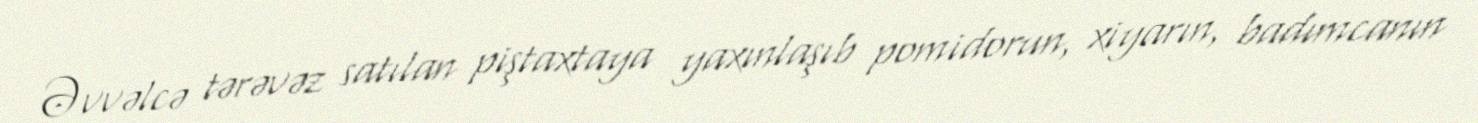
Əvvəlcə tərəvəz satılan piştaxtaya yaxınlaşıb pomidorun, xiyarın, badımcanın